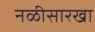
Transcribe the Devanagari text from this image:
नळीसारखा